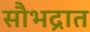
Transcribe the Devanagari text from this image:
सौभद्रात